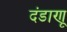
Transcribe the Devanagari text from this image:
दंडाणू